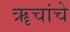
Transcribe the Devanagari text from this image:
ॠचांचे